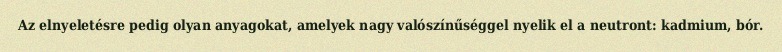
Az elnyeletésre pedig olyan anyagokat, amelyek nagy valószínűséggel nyelik el a neutront: kadmium, bór.